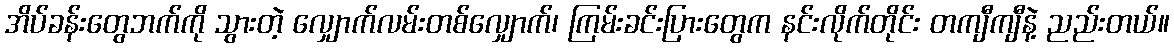
အိပ်ခန်းတွေဘက်ကို သွားတဲ့ လျှောက်လမ်းတစ်လျှောက်၊ ကြမ်းခင်းပြားတွေက နင်းလိုက်တိုင်း တကျီကျီနဲ့ ညည်းတယ်။